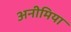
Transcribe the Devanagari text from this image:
अनीमिया